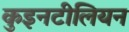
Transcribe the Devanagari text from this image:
कुइनटीलियन